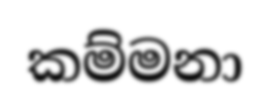
කම්මනා